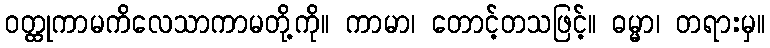
ဝတ္ထုကာမကိလေသာကာမတို့ကို။ ကာမာ၊ တောင့်တသဖြင့်။ ဓမ္မာ၊ တရားမှ။